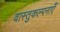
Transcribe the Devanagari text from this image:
वास्तुकल्पनाएँ